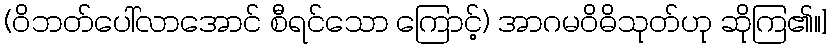
(ဝိဘတ်ပေါ်လာအောင် စီရင်သော ကြောင့်) အာဂမဝိဓိသုတ်ဟု ဆိုကြ၏။]